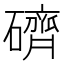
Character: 𥖭